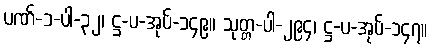
ပဏ်-၁-ပါ-၃၂၊ ဋ္ဌ-ပ-အုပ်-၁၄၉။ သုတ္တ-ပါ-၂၉၄၊ ဋ္ဌ-ပ-အုပ်-၁၄၇။